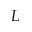
L